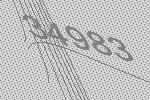
34983